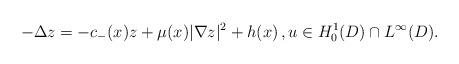
LaTeX: \begin{align*}- \Delta z = -c_-(x)z + \mu(x)|\nabla z|^2 + h(x)\,, u \in H^1_0(D)\cap L^{\infty}(D). \end{align*}